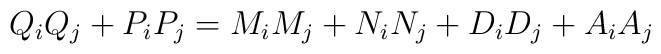
Q_i Q_j+P_i P_j=M_i M_j+N_i N_j+D_i D_j+A_i A_j